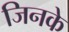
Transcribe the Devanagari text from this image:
जिनके